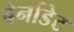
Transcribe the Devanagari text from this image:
बेर्नाडेट